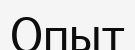
Опыт